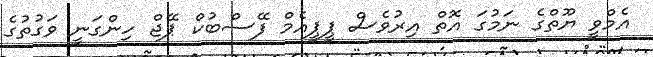
އެމްވީ ޔޫތްގެ ނަމުގަ އޮތް އިރުވެސް ޕީޕީއެމް ފޭސްބުކް ޕޭޖް ހިންގަނީ ވަގުތުގެ